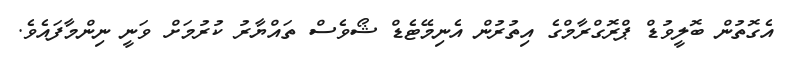
އެގޮތުން ބޮލީވުޑް ޕްރޮގްރާމްގެ އިތުރުން އެނިމޭޓެޑް ޝޯވެސް ތައްޔާރު ކުރުމަށް ވަނީ ނިންމާފައެވެ.